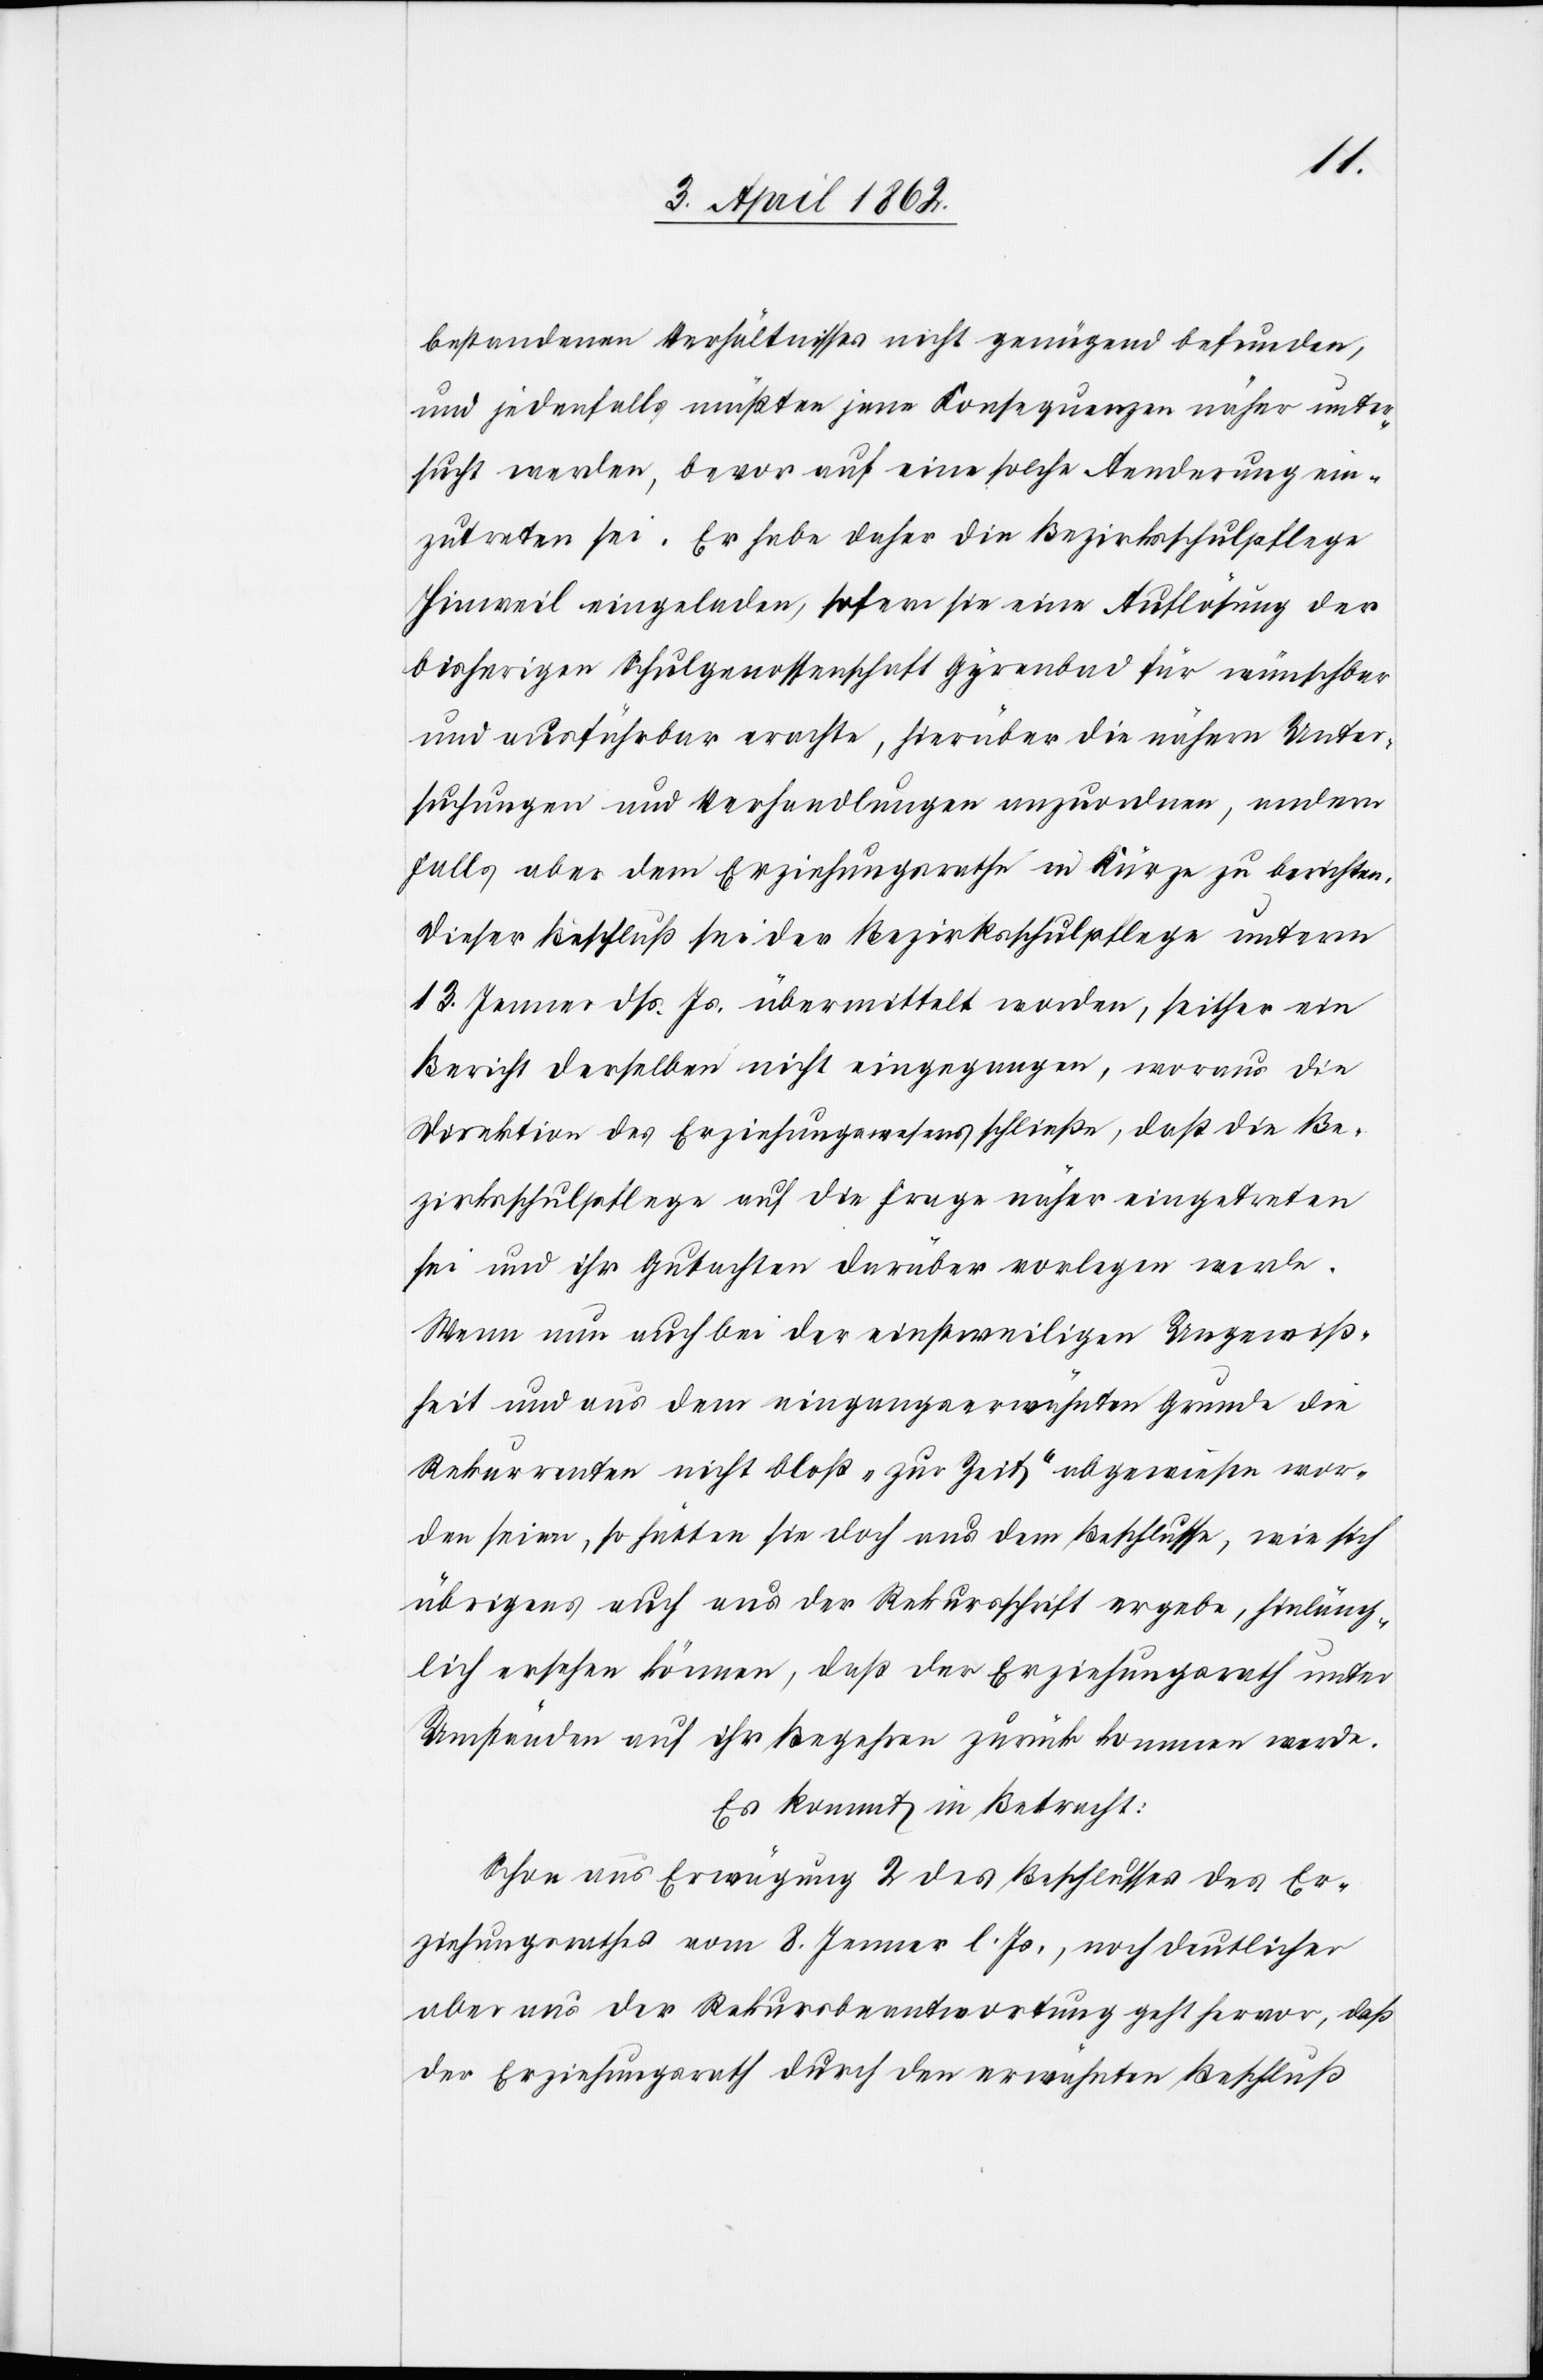
bestandenen Verhältnisses nicht genügend befunden,
und jedenfalls müßten jene Konsequenzen näher unter¬
sucht werden, bevor auf eine solche Aenderung ein¬
zutreten sei. Er habe daher die Bezirksschulpflege
Hinweil eingeladen, sofern sie eine Auflösung der
bisherigen Schulgenossenschaft Gyrenbad für wünschbar
und ausführbar erachte, hierüber die nähern Unter¬
suchungen und Verhandlungen anzuordnen, andern
falls aber dem Erziehungsrathe in Kürze zu berichten,
dieser Beschluß sei der Bezirksschulpflege unterm
13. Jenner dß. Js. übermittelt worden, seither ein
Bericht derselben nicht eingegangen, woraus die
Direktion des Erziehungswesens schließe, daß die Be¬
zirksschulpflege auf die Frage näher eingetreten
sei und ihr Gutachten darüber vorlegen werde.
Wenn nun auch bei der einstweiligen Ungewiß¬
heit und aus dem eingangserwähnten Grunde die
Rekurrenten nicht bloß „zur Zeit“ abgewiesen wor¬
den seien, so hätten sie doch aus dem Beschlusse, wie sich
übrigens auch aus der Rekursschrift ergebe, hinläng¬
lich ersehen können, daß der Erziehungsrath unter
Umständen auf ihr Begehren zurück kommen werde.
Es kommt in Betracht:
Schon aus Erwägung 2 des Beschlusses des Er¬
ziehungsrathes vom 8. Jenner l. Js., noch deutlicher
aber aus der Rekursbeantwortung geht hervor, daß
der Erziehungsrath durch den erwähnten Beschluß